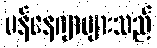
မန်နေဂျာများသည်